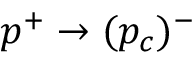
p ^ { + } \to ( p _ { c } ) ^ { - }